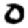
Digit: 0